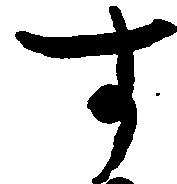
す